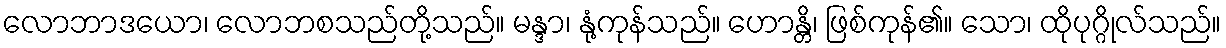
လောဘာဒယော၊ လောဘစသည်တို့သည်။ မန္ဒာ၊ နုံ့ကုန်သည်။ ဟောန္တိ၊ ဖြစ်ကုန်၏။ သော၊ ထိုပုဂ္ဂိုလ်သည်။